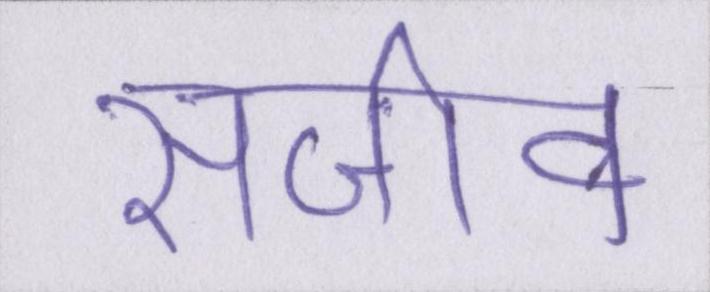
सजीव